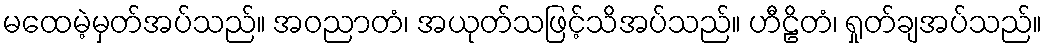
မထေမဲ့မှတ်အပ်သည်။ အဝညာတံ၊ အယုတ်သဖြင့်သိအပ်သည်။ ဟီဠိတံ၊ ရှုတ်ချအပ်သည်။